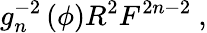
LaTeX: g_{n}^{-2}\left(\phi\right)R^{2}F^{2n-2}\ ,